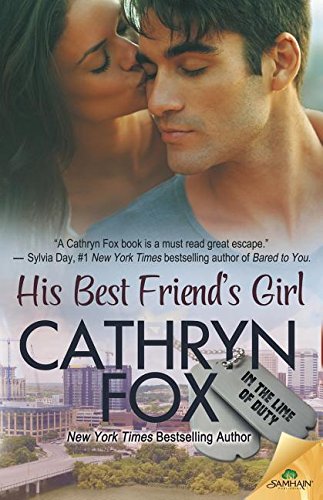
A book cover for His Best Friend's Girl; Cathryn Fox; Romance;